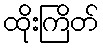
ထိုးကြိတ်